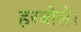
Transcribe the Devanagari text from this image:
हरबोले।